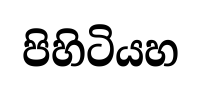
පිහිටියහ